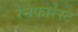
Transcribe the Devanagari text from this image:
रेनफारेस्ट